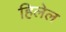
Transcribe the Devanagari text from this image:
हिलेल